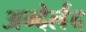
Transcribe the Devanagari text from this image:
अन्देर्लंद